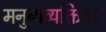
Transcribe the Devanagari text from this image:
मनुष्यव्यक्तिच्या